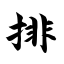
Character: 排